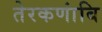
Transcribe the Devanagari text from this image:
तेरकणांबि